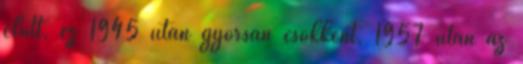
előtt, ez 1945 után gyorsan csökkent, 1957 után az